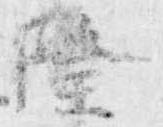
隆